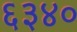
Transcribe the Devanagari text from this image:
६३४०